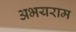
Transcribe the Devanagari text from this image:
अभयराम